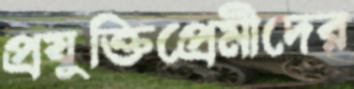
প্রযুক্তিপ্রেমীদের